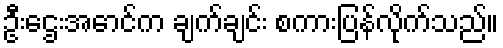
ဦးဌေးအောင်က ချက်ချင်း စကားပြန်လိုက်သည်။